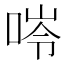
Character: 𠵙